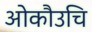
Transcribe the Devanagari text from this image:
ओकौउचि